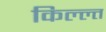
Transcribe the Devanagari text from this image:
किल्ल्त